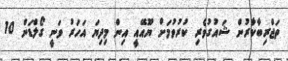
ތަޖްރިބާކާރުން ޝައުގުވެރި ކުރުވުމަށް ޔޫއޭއީ އިން މިދިޔަ އަހަރު ވަނީ ގޯލްޑަން 10